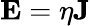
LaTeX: {\mathbf{E}}=\eta{\mathbf{J}}